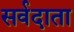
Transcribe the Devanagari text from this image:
सर्वदाता